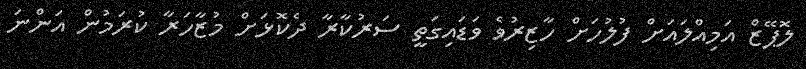
ލޮޕޭޒް އަމިއްލައަށް ފުލުހަށް ހާޒިރުވެ ވަޑައިގަތީ ސަރުކާރާ ދެކޮޅަށް މުޒާހަރާ ކުރަމުން އަންނަ